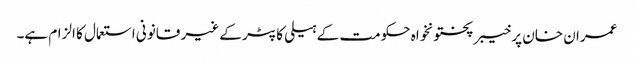
عمران خان پر خیبر پختونخواہ حکومت کے ہیلی کاپٹر کے غیر قانونی استعمال کا الزام ہے۔